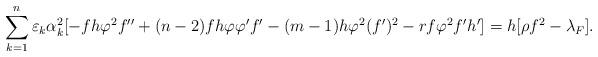
LaTeX: \begin{align*} \sum\limits_{k=1}^{n}\varepsilon_k\alpha_k^2[-fh\varphi^2f''+(n-2)fh\varphi\varphi'f'-(m-1)h\varphi^2(f')^2-rf\varphi^2f'h']=h[\rho f^2-\lambda_F].\end{align*}